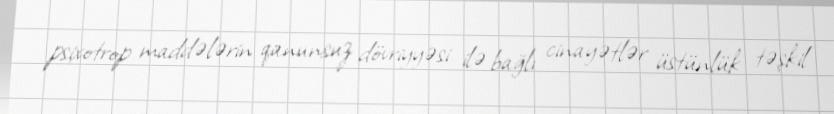
psixotrop maddələrin qanunsuz dövriyyəsi ilə bağlı cinayətlər üstünlük təşkil